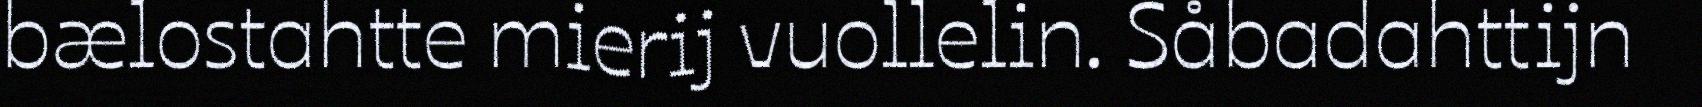
bælostahtte mierij vuollelin. Såbadahttijn